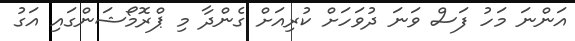
އަންނަ މަހު ފަސް ވަނަ ދުވަހަށް ކުރިއަށް ގެންދާ މި ޕްރޮމޯޝަންގައި އަގު